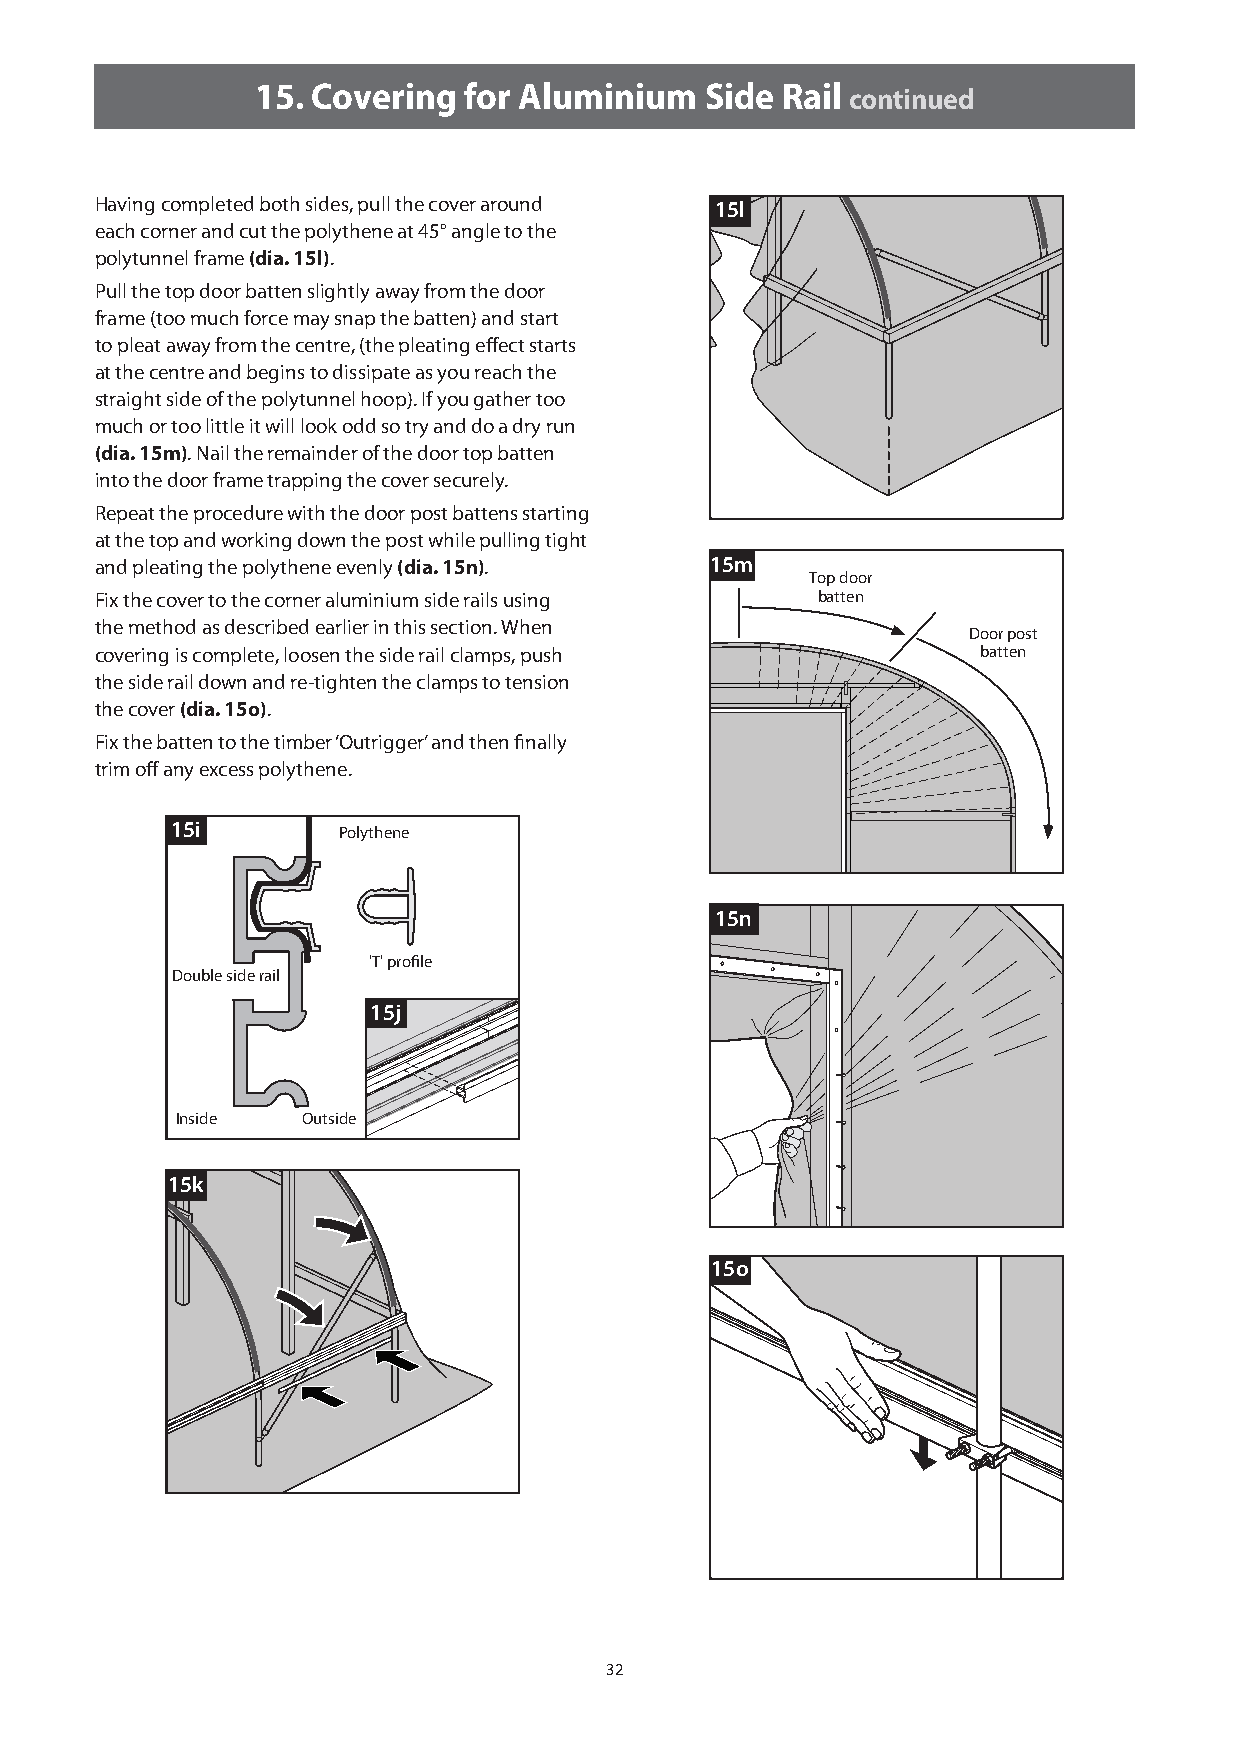
15. Covering  for Aluminium   Side Rail continued
 Having completed both sides, pull the cover around 15l
 each corner and cut the polythene at 45° angle to the
 polytunnel frame (dia. 15l).
 Pull the top door batten slightly away from the door
 frame (too much force may snap the batten) and start
 to pleat away from the centre, (the pleating effect starts
 at the centre and begins to dissipate as you reach the
 straight side of the polytunnel hoop). If you gather too
 much or too little it will look odd so try and do a dry run
 (dia. 15m). Nail the remainder of the door top batten
 into the door frame trapping the cover securely.
 Repeat the procedure with the door post battens starting
 at the top and working down the post while pulling tight
 and pleating the polythene evenly (dia. 15n). 15m
 Top door
 Fix the cover to the corner aluminium side rails using batten
 the method as described earlier in this section. When
 Door post
 covering is complete, loosen the side rail clamps, push    batten
 the side rail down and re-tighten the clamps to tension
 the cover (dia. 15o).
 Fix the batten to the timber ‘Outrigger’ and then finally
 trim off any excess polythene.
 15i        Polythene
 15n
 'T' profile
 Double side rail
 15j
 Inside  Outside
 15k
 15o
 32